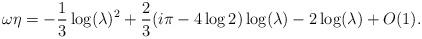
LaTeX: \begin{align*}\omega\eta = -\frac13\log(\lambda)^2 +\frac23(i\pi - 4\log2)\log(\lambda) - 2\log(\lambda) +O(1).\end{align*}